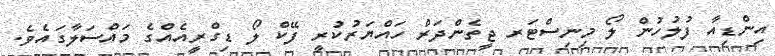
އިންޑިއާ ފުލުހުން ލޯ މިނިސްޓަރ ޖީތެންދަރް ހައްޔަރުކުރީ ފޭކް ލޯ ޑިގްރީއެއްގެ މައްސަލާގައެވެ.